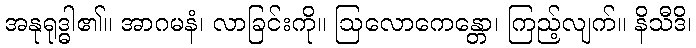
အနုရုဒ္ဓါ၏။ အာဂမနံ၊ လာခြင်းကို။ ဩလောကေန္တော၊ ကြည့်လျက်။ နိသီဒိ၊